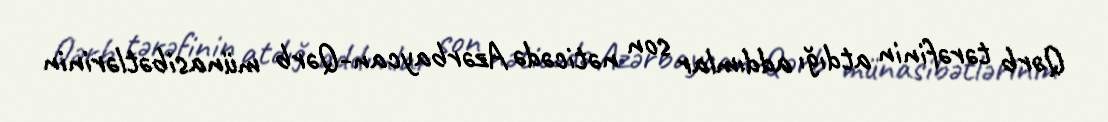
Qərb tərəfinin atdığı addımlar son nəticədə Azərbaycan-Qərb münasibətlərinin